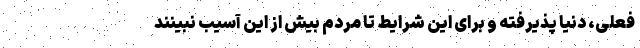
فعلی، دنیا پذیرفته و برای این شرایط تا مردم بیش از این آسیب نبینند